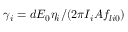
\gamma _ { i } = d E _ { 0 } \eta _ { i } / ( 2 \pi I _ { i } A f _ { l i 0 } )